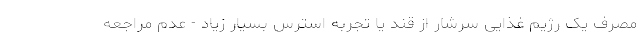
مصرف یک رژیم غذایی سرشار از قند یا تجربه استرس بسیار زیاد - عدم مراجعه